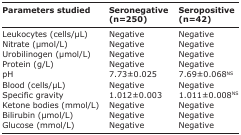
| Parameters studied | Seronegative (n=250) | Seropositive (n=42) |
 | --- | --- | --- |
 | Leukocytes (cells/μL) | Negative | Negative |
 | Nitrate (μmol/L) | Negative | Negative |
 | Urobilinogen (μmol/L) | Negative | Negative |
 | Protein (g/L) | Negative | Negative |
 | pH | 7.73±0.025 | 7.69±0.068NS |
 | Blood (cells/μL) | Negative | Negative |
 | Specific gravity | 1.012±0.003 | 1.011±0.008NS |
 | Ketone bodies (mmol/L) | Negative | Negative |
 | Bilirubin (μmol/L) | Negative | Negative |
 | Glucose (mmol/L) | Negative | Negative |